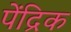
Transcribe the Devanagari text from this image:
पेंद्रिक